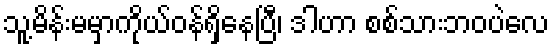
သူ့မိန်းမမှာကိုယ်ဝန်ရှိနေပြီ၊ ဒါဟာ စစ်သားဘဝပဲလေ